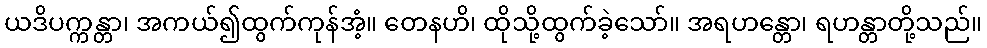
ယဒိပက္ကန္တာ၊ အကယ်၍ထွက်ကုန်အံ့။ တေနဟိ၊ ထိုသို့ထွက်ခဲ့သော်။ အရဟန္တော၊ ရဟန္တာတို့သည်။